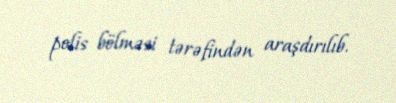
polis bölməsi tərəfindən araşdırılıb.